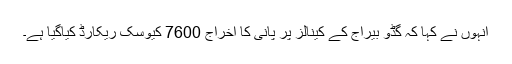
انہوں نے کہا کہ گڈو بیراج کے کینالز پر پانی کا اخراج 7600 کیوسک ریکارڈ کیاگیا ہے۔